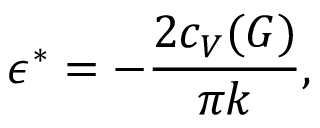
\epsilon ^ { * } = - { \frac { 2 c _ { V } ( G ) } { \pi k } } ,